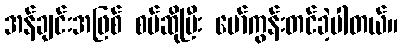
အန်ချင်းအဖြစ် စပ်ဆိုပြီး မော်ကွန်းတင်ခဲ့ပါတယ်။